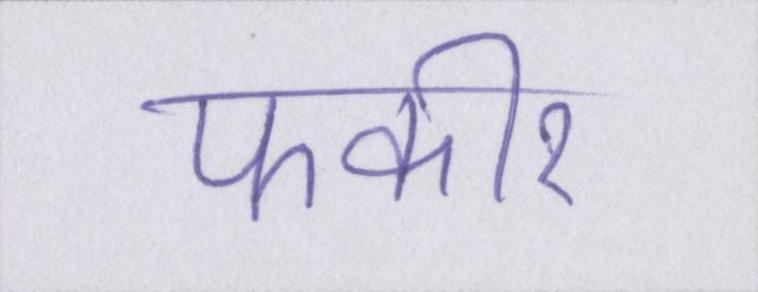
फकीर